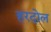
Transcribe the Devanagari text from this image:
हरदोल